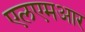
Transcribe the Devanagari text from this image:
एलएमआर